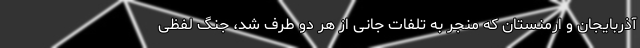
آذربایجان و ارمنستان که منجر به تلفات جانی از هر دو طرف شد، جنگ لفظی